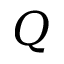
Q